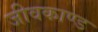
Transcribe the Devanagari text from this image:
जीवकाण्ड